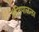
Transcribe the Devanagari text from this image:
प्रतिपाळला